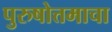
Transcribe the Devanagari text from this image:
पुरुषोत्तमाचा